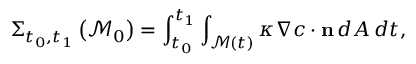
\Sigma _ { t _ { 0 } , t _ { 1 } } \left( \mathcal { M } _ { 0 } \right) = \int _ { t _ { 0 } } ^ { t _ { 1 } } \int _ { \mathcal { M } ( t ) } \kappa \mathbf { \boldsymbol { \nabla } } c \cdot \mathbf { n } \, d A \, d t ,